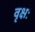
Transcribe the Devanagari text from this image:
वृक्षः